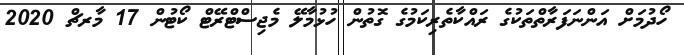
ހޯދުމަށް އަންނަފަރާތްތަކުގެ ރައްކާތެރިކަމުގެ ގޮތުން ހުޅުމާލޭ މެޖިސްޓްރޭޓް ކޯޓުން 17 މާރޗް 2020